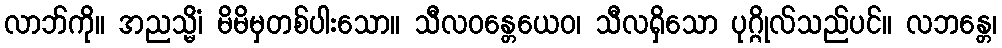
လာဘ်ကို။ အညသ္မိံ၊ မိမိမှတစ်ပါးသော။ သီလဝန္တေယေဝ၊ သီလရှိသော ပုဂ္ဂိုလ်သည်ပင်။ လဘန္တေ၊